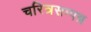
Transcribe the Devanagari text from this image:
चरित्रसम्पन्न